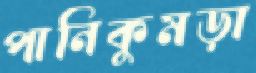
পানিকুমড়া